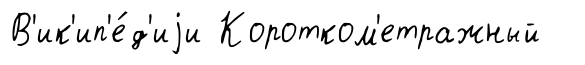
В'ик'ип'е́д'иjи Коротком'етражный